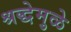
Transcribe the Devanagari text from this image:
श्रद्धेमुळे